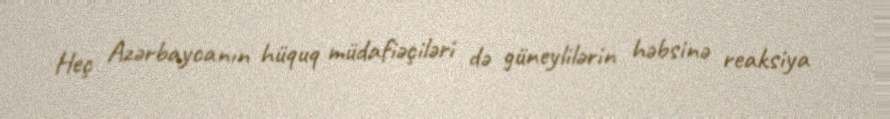
Heç Azərbaycanın hüquq müdafiəçiləri də güneylilərin həbsinə reaksiya